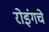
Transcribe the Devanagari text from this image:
रोइंगचे